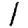
Digit: 1